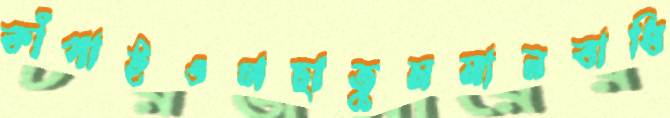
কাঁপাইওগছাতুমমানবাধি